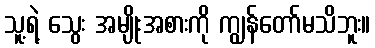
သူ့ရဲ့ သွေး အမျိုးအစားကို ကျွန်တော်မသိဘူး။